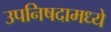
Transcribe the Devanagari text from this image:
उपनिषदामध्ये